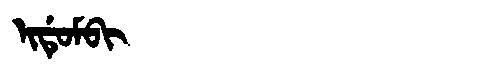
Manchu: ᡳᡩᡠᠮᠪᡳ
Romanization: IDUMBI